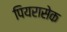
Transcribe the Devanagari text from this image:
पियरासेक